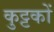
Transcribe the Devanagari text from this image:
कुट्टकों